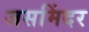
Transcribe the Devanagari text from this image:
जसमिंदर